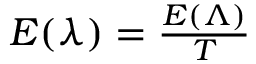
\begin{array} { r } { E ( \lambda ) = \frac { E ( \Lambda ) } { T } } \end{array}